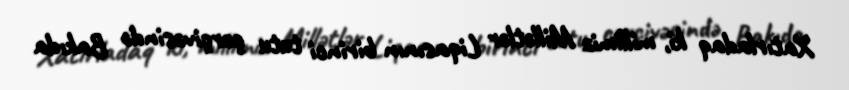
Xatırladaq ki, millimiz Millətlər Liqasının birinci tutu çərçivəsində Bakıda